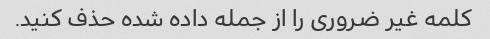
کلمه غیر ضروری را از جمله داده شده حذف کنید.